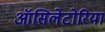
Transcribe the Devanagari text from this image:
ऑसिलेटोरिया